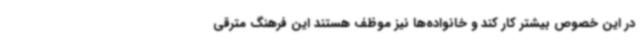
در این خصوص بیشتر کار کند و خانواده‌ها نیز موظف هستند این فرهنگ مترقی